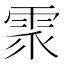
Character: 𩂢